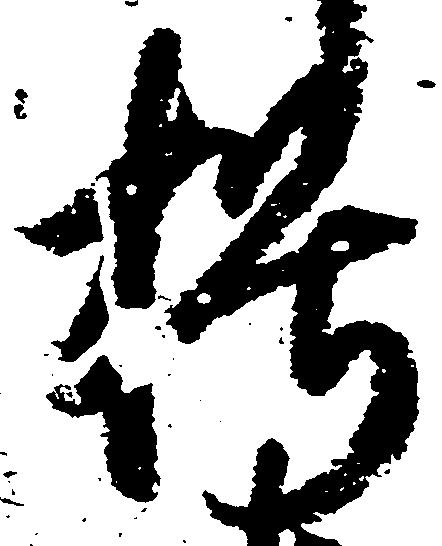
朽